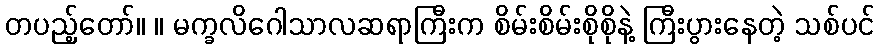
တပည့်တော်။ ။ မက္ခလိဂေါသာလဆရာကြီးက စိမ်းစိမ်းစိုစိုနဲ့ ကြီးပွားနေတဲ့ သစ်ပင်